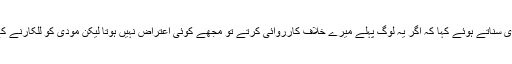
رابی پیرزادہ نے محکمہ وائلڈ لائف کو کھری کھری سناتے ہوئے کہا کہ اگر یہ لوگ پہلے میرے خلاف کارروائی کرتے تو مجھے کوئی اعتراض نہیں ہوتا لیکن مودی کو للکارنے کے بعد میرے خلاف ایکشن لینے کی بات کی گئی ۔